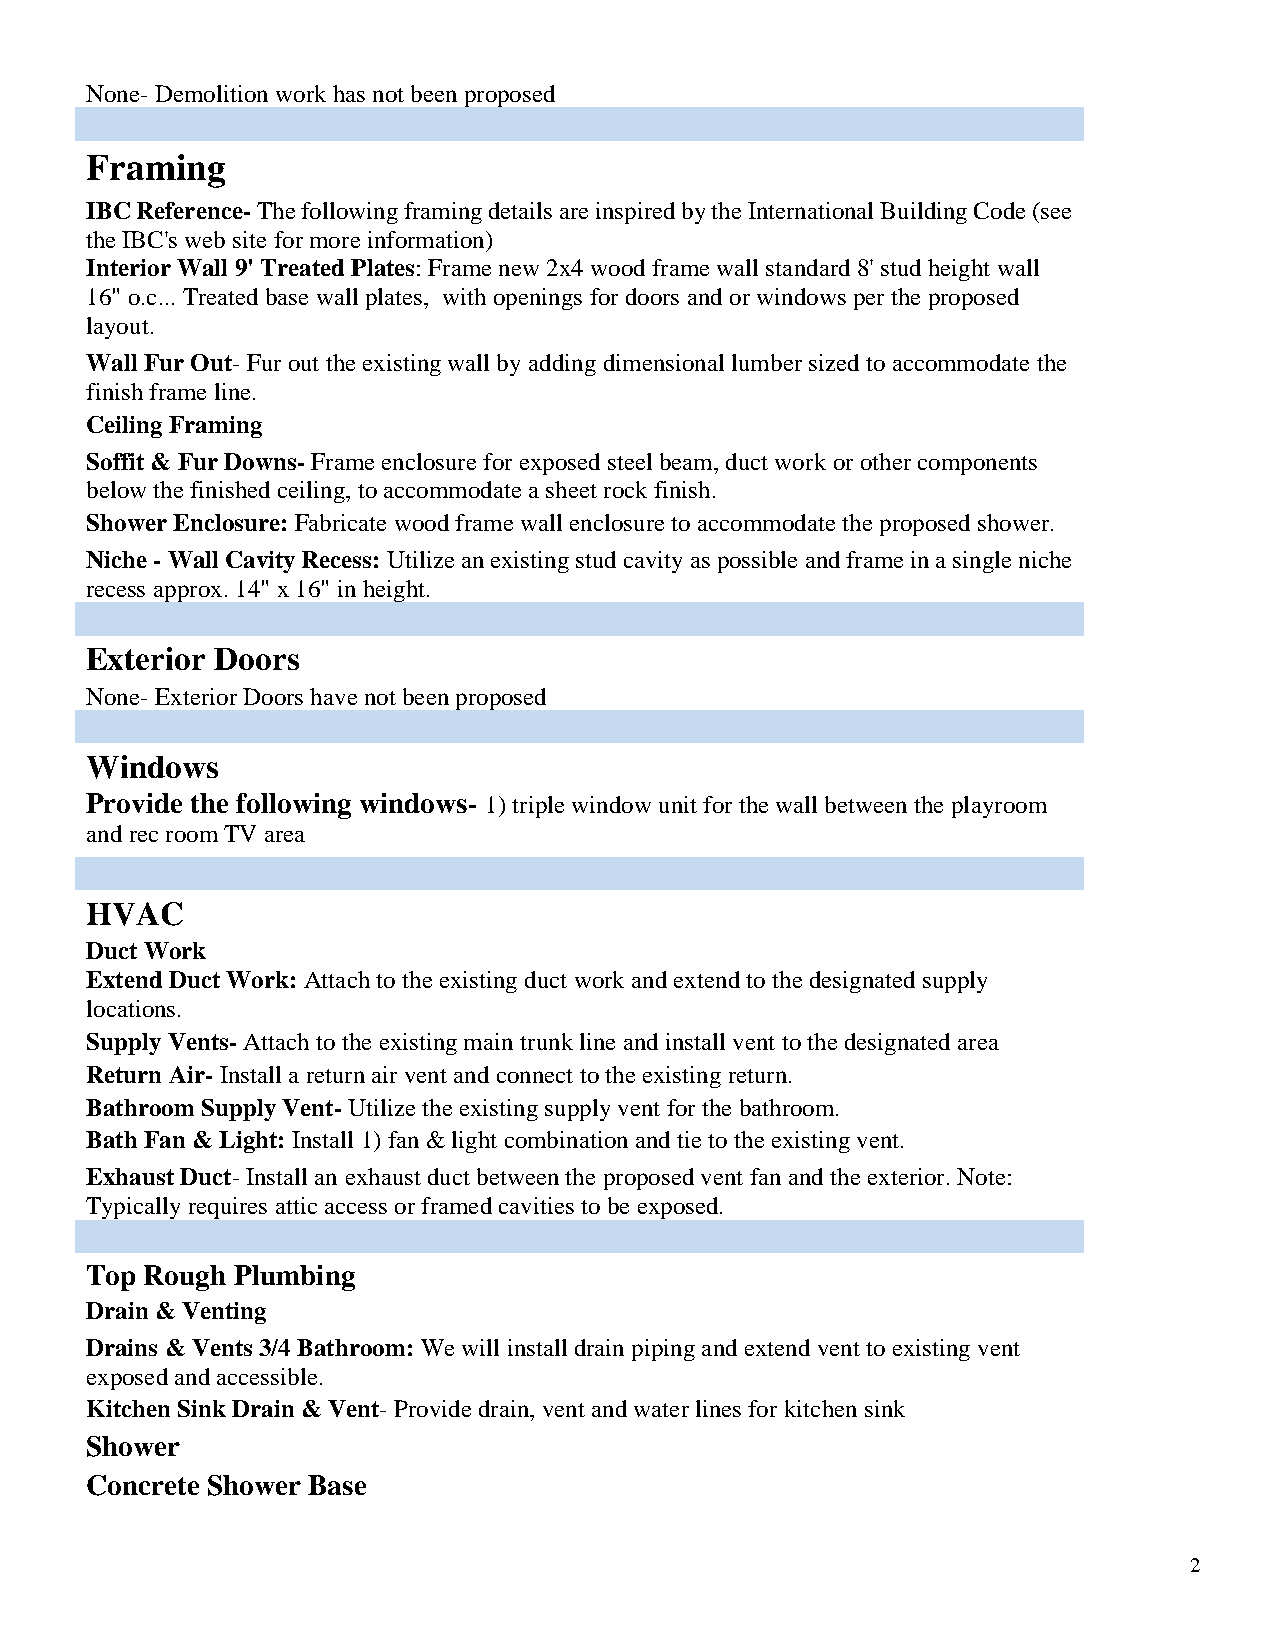
None- Demolition work has not been proposed
 Framing
 IBC Reference- The following framing details are inspired by the International Building Code (see
 the IBC's web site for more information)
 Interior Wall 9' Treated Plates: Frame new 2x4 wood frame wall standard 8' stud height wall
 16" o.c... Treated base wall plates, with openings for doors and or windows per the proposed
 layout.
 Wall Fur Out- Fur out the existing wall by adding dimensional lumber sized to accommodate the
 finish frame line.
 Ceiling Framing
 Soffit & Fur Downs- Frame enclosure for exposed steel beam, duct work or other components
 below the finished ceiling, to accommodate a sheet rock finish.
 Shower Enclosure: Fabricate wood frame wall enclosure to accommodate the proposed shower.
 Niche - Wall Cavity Recess: Utilize an existing stud cavity as possible and frame in a single niche
 recess approx. 14" x 16" in height.
 Exterior Doors
 None- Exterior Doors have not been proposed
 Windows
 Provide the following windows- 1) triple window unit for the wall between the playroom
 and rec room TV area
 HVAC
 Duct Work
 Extend Duct Work: Attach to the existing duct work and extend to the designated supply
 locations.
 Supply Vents- Attach to the existing main trunk line and install vent to the designated area
 Return Air- Install a return air vent and connect to the existing return.
 Bathroom Supply Vent- Utilize the existing supply vent for the bathroom.
 Bath Fan & Light: Install 1) fan & light combination and tie to the existing vent.
 Exhaust Duct- Install an exhaust duct between the proposed vent fan and the exterior. Note:
 Typically requires attic access or framed cavities to be exposed.
 Top Rough Plumbing
 Drain & Venting
 Drains & Vents 3/4 Bathroom: We will install drain piping and extend vent to existing vent
 exposed and accessible.
 Kitchen Sink Drain & Vent- Provide drain, vent and water lines for kitchen sink
 Shower
 Concrete Shower Base
 2